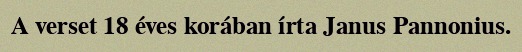
A verset 18 éves korában írta Janus Pannonius.